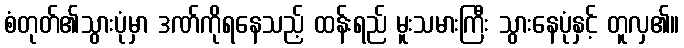
စံတုတ်၏သွားပုံမှာ ဒဏ်ကိုရနေသည့် ထန်းရည် မူးသမားကြီး သွားနေပုံနှင့် တူလှ၏။